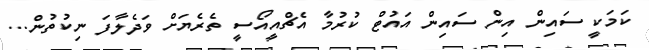
ކަމަކީ ސައިން އިން ސައިން އައުޓް ކުރުމާ އެޗްއީއޯސީ ތެރެޔަށް ވަދެލާފަ ނިކުތުން...